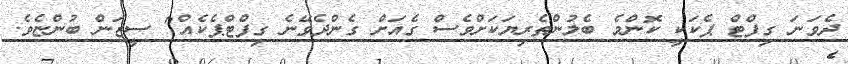
ދެވަނަ ގިފްޓް ޕެކަކީ ކޮންމެ ބެލުންތެރިޔަކަށްވެސް ގެއަށް ގެންދެވޭނެ ގިފްޓްޕެކެއް" ސީޒަން ބުންޏެވެ.